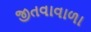
જીતવાવાળા